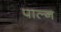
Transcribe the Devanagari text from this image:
पाल्न